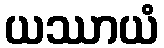
ယဿာယံ